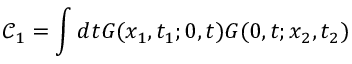
\mathcal { C } _ { 1 } = \int d t G ( x _ { 1 } , t _ { 1 } ; 0 , t ) G ( 0 , t ; x _ { 2 } , t _ { 2 } )